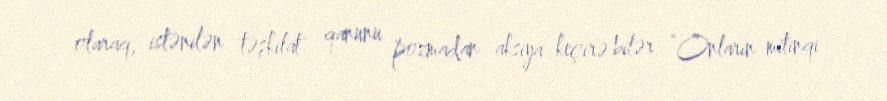
olaraq, istənilən təşkilat qanunu pozmadan aksiya keçirə bilər: “Onların mitinqi